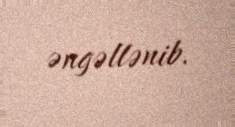
əngəllənib.